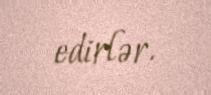
edirlər.